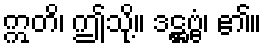
ဣတိ၊ ဤသို့။ ဒဋ္ဌဗ္ဗံ၊ ၏။